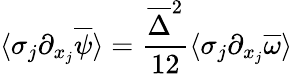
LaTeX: \langle\sigma_{j}\partial_{x_{j}}\overline{{\psi}}\rangle=\frac{\overline{{\Delta}}^{2}}{12}\langle\sigma_{j}\partial_{x_{j}}\overline{{\omega}}\rangle